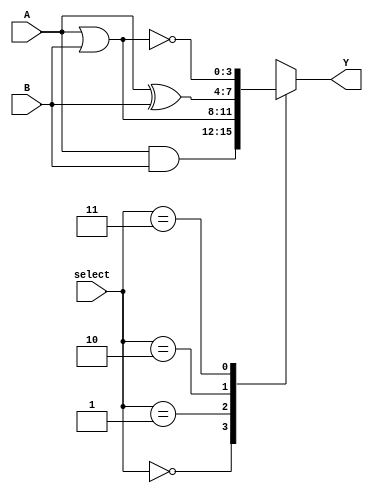
module combinational_logic_block (
    input wire [3:0] A,           // 4-bit input
    input wire [3:0] B,           // 4-bit input
    input wire [1:0] select,      // Selection line for operation
    output reg [3:0] Y            // 4-bit output
);

// Combinational Logic Operations
always @(*) begin
    case (select)
        2'b00: Y = A & B;          // AND operation
        2'b01: Y = A | B;          // OR operation
        2'b10: Y = A ^ B;          // XOR operation
        2'b11: Y = ~(A | B);       // NOR operation
        default: Y = 4'b0000;      // Default case
    endcase
end

endmodule